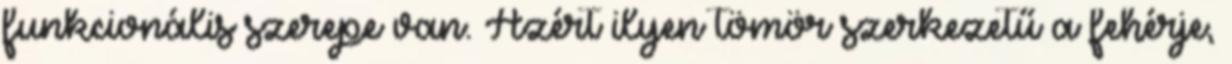
funkcionális szerepe van. Azért ilyen tömör szerkezetű a fehérje,